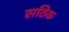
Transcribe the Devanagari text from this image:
सठिक